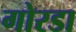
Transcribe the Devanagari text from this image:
गोरडा